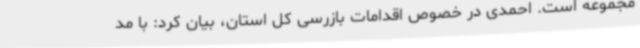
مجموعه است. احمدی در خصوص اقدامات بازرسی کل استان، بیان کرد: با مد